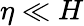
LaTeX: \eta\ll H